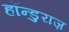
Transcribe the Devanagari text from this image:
हॉन्डुराज़